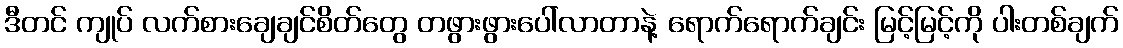
ဒီတင် ကျုပ် လက်စားချေချင်စိတ်တွေ တဖွားဖွားပေါ်လာတာနဲ့ ရောက်ရောက်ချင်း မြင့်မြင့်ကို ပါးတစ်ချက်